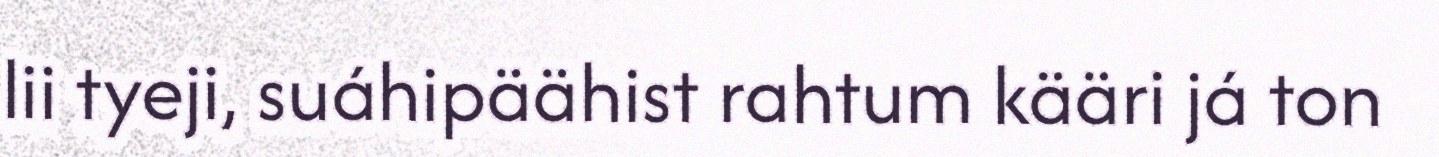
lii tyeji, suáhipäähist rahtum kääri já ton